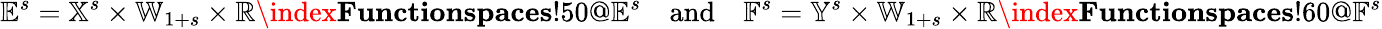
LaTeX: \mathbb{E}^{s}=\mathbb{X}^{s}\times\mathbb{W}_{1+s}\times\mathbb{R}\index{\textbf{Functionspaces}!50@\mathbb{E}^{s}}\quad\mathrm{and}\quad\mathbb{F}^{s}=\mathbb{Y}^{s}\times\mathbb{W}_{1+s}\times\mathbb{R}\index{\textbf{Functionspaces}!60@\mathbb{F}^{s}}